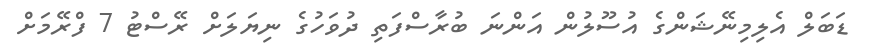
ޑަބަލް އެލިމިނޭޝަންގެ އުސޫލުން އަންނަ ބުރާސްފަތި ދުވަހުގެ ނިޔަލަށް ރޭސްޓު 7 ފްރޭމަށް